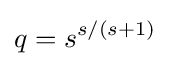
q={{s}^{s/(s+1)}}